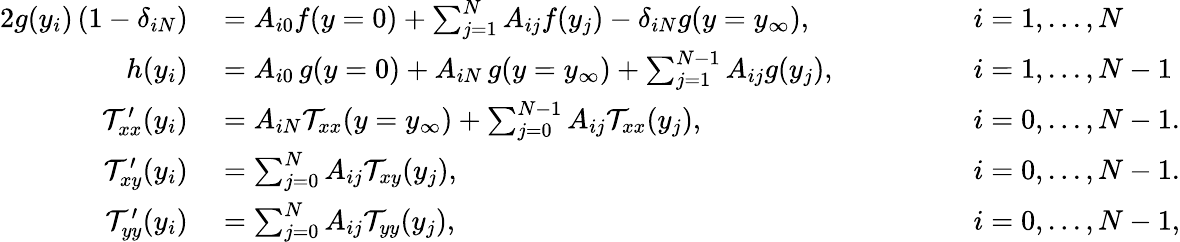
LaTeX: \begin{array}{rlrl}{{2}g(y_{i})\left(1-\delta_{iN}\right)}&{{}=A_{i0}f(y=0)+\sum_{j=1}^{N}A_{ij}f(y_{j})-\delta_{iN}g(y=y_{\infty}),\quad\quad\quad}&{}&{{}i=1,...,N}\\ {h(y_{i})}&{{}=A_{i0}\, g(y=0)+A_{iN}\, g(y=y_{\infty})+\sum_{j=1}^{N-1}A_{ij}g(y_{j}),\quad\quad\quad}&{}&{{}i=1,...,N-1}\\ {\mathcal{T}_{xx}^{\prime}(y_{i})}&{{}=A_{iN}\mathcal{T}_{xx}(y=y_{\infty})+\sum_{j=0}^{N-1}A_{ij}\mathcal{T}_{xx}(y_{j}),\quad\quad\quad}&{}&{{}i=0,...,N-1.}\\ {\mathcal{T}_{xy}^{\prime}(y_{i})}&{{}=\sum_{j=0}^{N}A_{ij}\mathcal{T}_{xy}(y_{j}),\quad\quad\quad}&{}&{{}i=0,...,N-1.}\\ {\mathcal{T}_{yy}^{\prime}(y_{i})}&{{}=\sum_{j=0}^{N}A_{ij}\mathcal{T}_{yy}(y_{j}),\quad\quad\quad}&{}&{{}i=0,...,N-1,}\end{array}